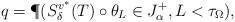
LaTeX: \begin{align*}q=\P (S_\delta ^{v^*} (T) \circ \theta _L \in J_\alpha ^+, L < \tau _\Omega ),\end{align*}